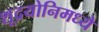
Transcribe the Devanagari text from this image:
शूद्रयोनिमध्ये